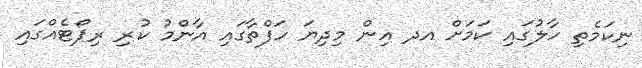
ނިކަމެތި ހާލުގައި ކަމަށް އދ އިން މިދިޔަ ހަފްތާގައި އާންމު ކުރި ރިޕޯޓެއްގައި